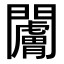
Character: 𬮗